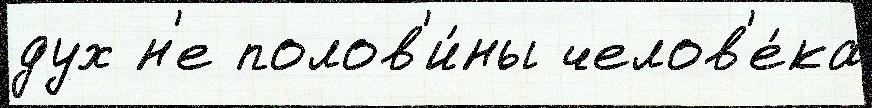
дух н'е полов'и́ны челов'е́ка